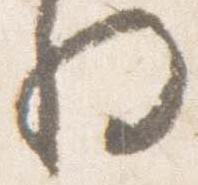
将